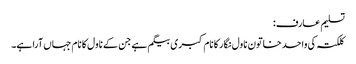
تسلیم عارف:
کلکتہ کی واحد خاتون ناول نگار کا نام کبری بیگم ہے جن کے ناول کا نام جہاں آرا ہے۔